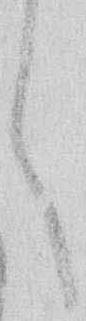
く